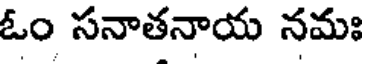
ఓం సనాతనాయ నమః